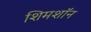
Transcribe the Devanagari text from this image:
शिमशॉन